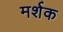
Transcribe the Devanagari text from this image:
मर्शक